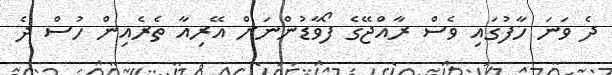
ދެ ވަނަ ހާފުގައި ވެސް ރާއްޖޭގެ ފޯވާޑުންނަށް އޭރިއާ ތެރެއިން ހުސް ދެ